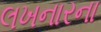
લખનારના